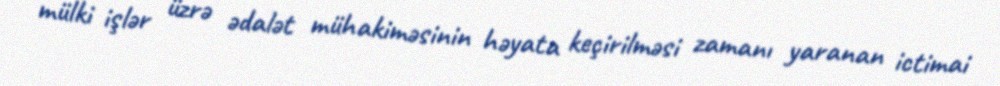
mülki işlər üzrə ədalət mühakiməsinin həyata keçirilməsi zamanı yaranan ictimai